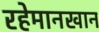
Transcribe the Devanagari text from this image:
रहेमानखान